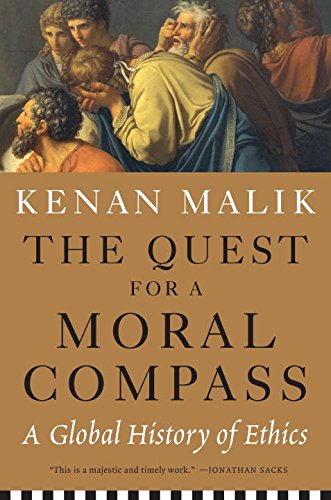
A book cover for The Quest for a Moral Compass: A Global History of Ethics; Kenan Malik; Religion & Spirituality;